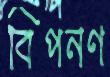
বিপনণ